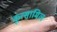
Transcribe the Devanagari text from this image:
कूत्सामिल